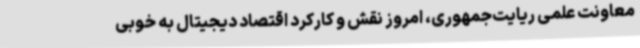
معاونت علمی ریایت‌جمهوری، امروز نقش و کارکرد اقتصاد دیجیتال به خوبی